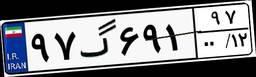
۹۷گ۶۹۱۹۷